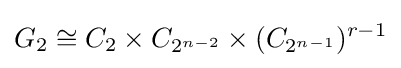
G_{2}\cong C_{2}\times C_{2^{n-2}}\times (C_{2^{n-1}})^{r-1}